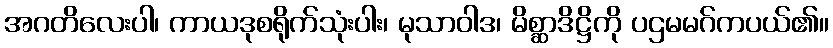
အဂတိလေးပါ၊ ကာယဒုစရိုက်သုံးပါး၊ မုသာဝါဒ၊ မိစ္ဆာဒိဋ္ဌိကို ပဌမမဂ်ကပယ်၏။